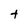
Character: t